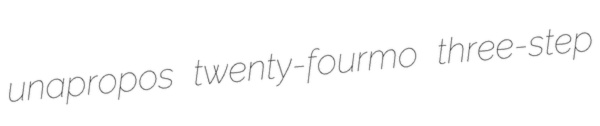
unapropos twenty-fourmo three-step